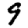
Digit: 9